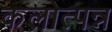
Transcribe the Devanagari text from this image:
कलोत्पन्न